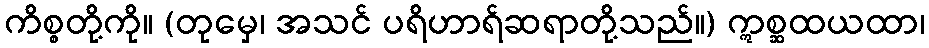
ကိစ္စတို့ကို။ (တုမှေ၊ အသင် ပရိဟာရ်ဆရာတို့သည်။) ဣစ္ဆထယထာ၊